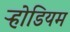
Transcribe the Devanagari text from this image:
ऱ्होडियम